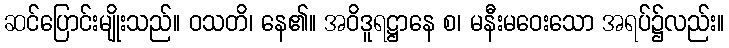
ဆင်ပြောင်းမျိုးသည်။ ဝသတိ၊ နေ၏။ အဝိဒူရဋ္ဌာနေ စ၊ မနီးမဝေးသော အရပ်၌လည်း။